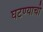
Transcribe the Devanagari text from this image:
घटण्याची